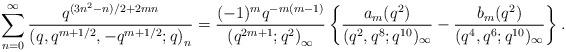
LaTeX: \begin{align*}\sum_{n=0}^{\infty}\frac{q^{(3n^{2}-n)/2+2mn}}{\left(q,q^{m+1/2},-q^{m+1/2};q\right)_{n}}=\frac{(-1)^{m}q^{-m(m-1)}}{\left(q^{2m+1};q^{2}\right)_{\infty}}\left\{ \frac{a_{m}(q^{2})}{(q^{2},q^{8};q^{10})_{\infty}}-\frac{b_{m}(q^{2})}{(q^{4},q^{6};q^{10})_{\infty}}\right\} .\end{align*}